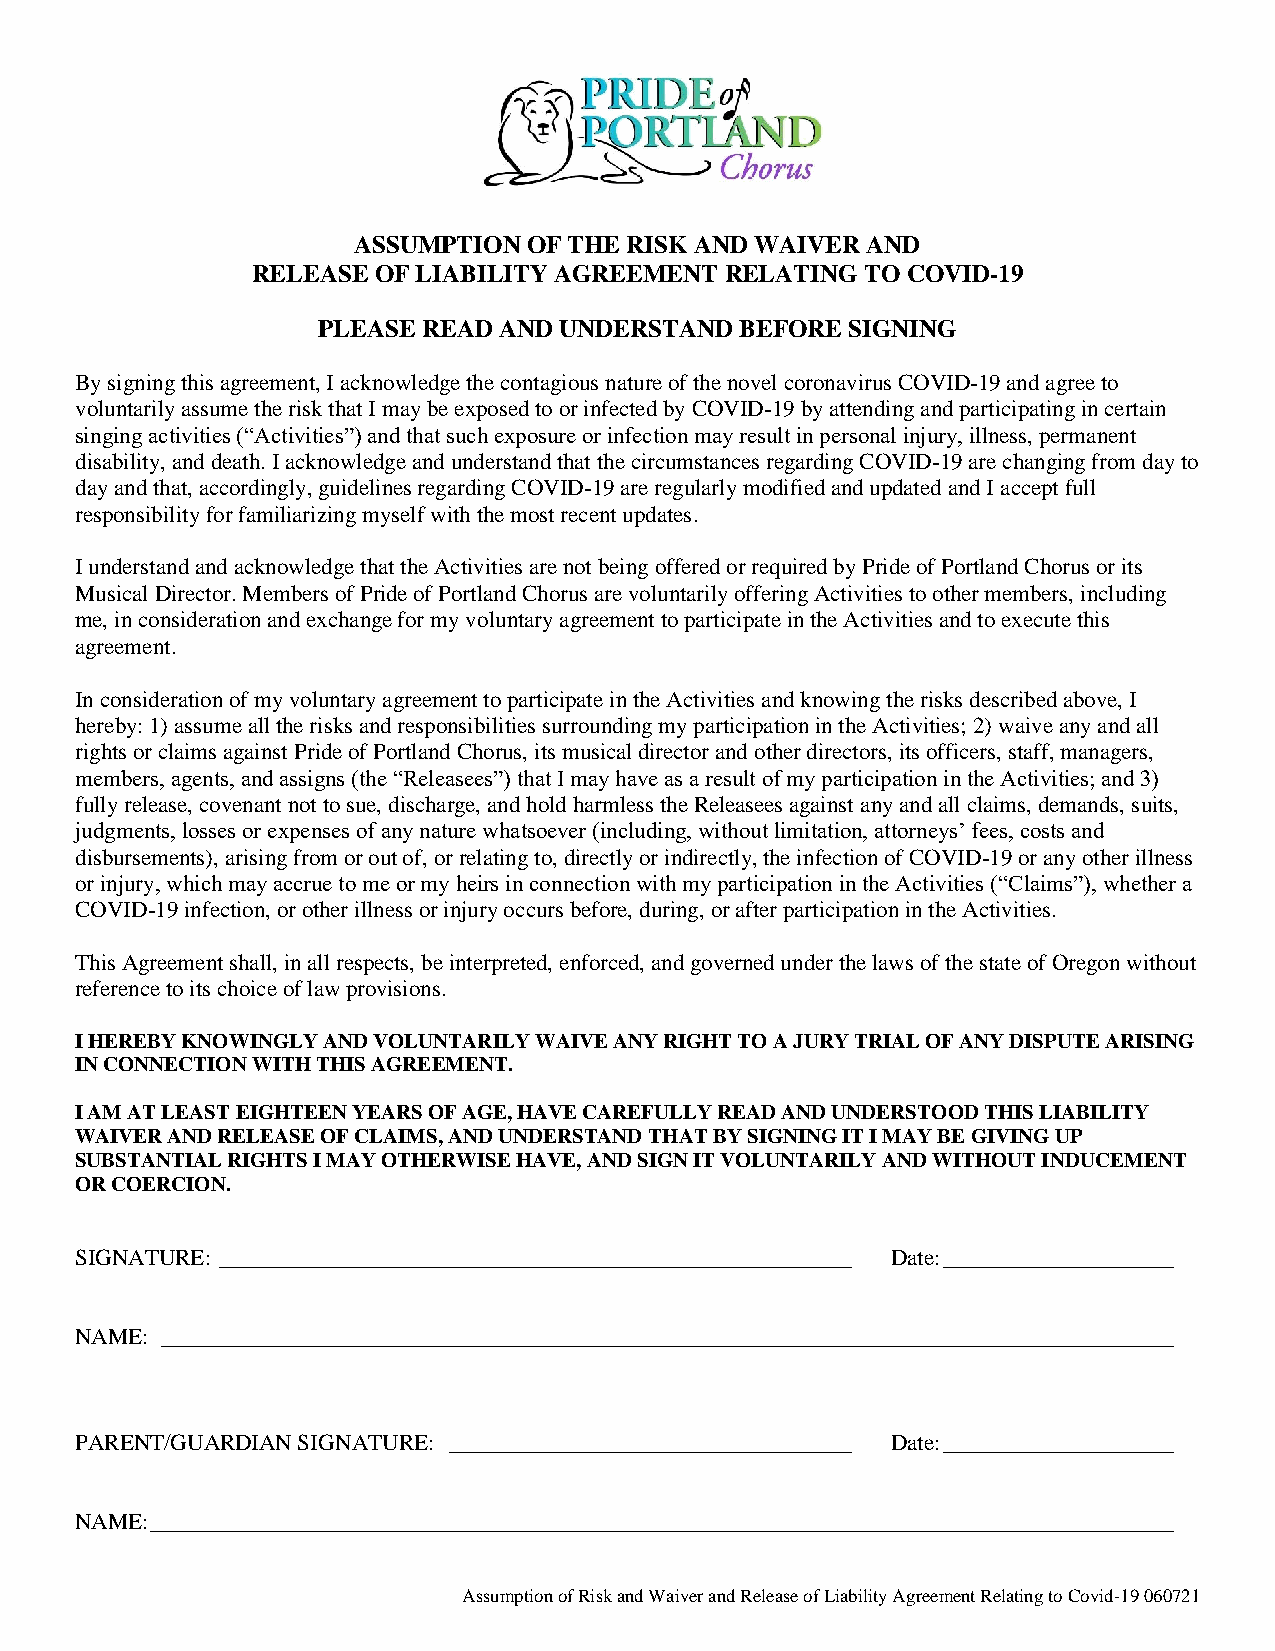
ASSUMPTION  OF THE RISK AND WAIVER AND
 RELEASE OF LIABILITY AGREEMENT RELATING TO COVID-19
 PLEASE READ AND UNDERSTAND  BEFORE SIGNING
 By signing this agreement, I acknowledge the contagious nature of the novel coronavirus COVID-19 and agree to
 voluntarily assume the risk that I may be exposed to or infected by COVID-19 by attending and participating in certain
 singing activities (“Activities”) and that such exposure or infection may result in personal injury, illness, permanent
 disability, and death. I acknowledge and understand that the circumstances regarding COVID-19 are changing from day to
 day and that, accordingly, guidelines regarding COVID-19 are regularly modified and updated and I accept full
 responsibility for familiarizing myself with the most recent updates.
 I understand and acknowledge that the Activities are not being offered or required by Pride of Portland Chorus or its
 Musical Director. Members of Pride of Portland Chorus are voluntarily offering Activities to other members, including
 me, in consideration and exchange for my voluntary agreement to participate in the Activities and to execute this
 agreement.
 In consideration of my voluntary agreement to participate in the Activities and knowing the risks described above, I
 hereby: 1) assume all the risks and responsibilities surrounding my participation in the Activities; 2) waive any and all
 rights or claims against Pride of Portland Chorus, its musical director and other directors, its officers, staff, managers,
 members, agents, and assigns (the “Releasees”) that I may have as a result of my participation in the Activities; and 3)
 fully release, covenant not to sue, discharge, and hold harmless the Releasees against any and all claims, demands, suits,
 judgments, losses or expenses of any nature whatsoever (including, without limitation, attorneys’ fees, costs and
 disbursements), arising from or out of, or relating to, directly or indirectly, the infection of COVID-19 or any other illness
 or injury, which may accrue to me or my heirs in connection with my participation in the Activities (“Claims”), whether a
 COVID-19 infection, or other illness or injury occurs before, during, or after participation in the Activities.
 This Agreement shall, in all respects, be interpreted, enforced, and governed under the laws of the state of Oregon without
 reference to its choice of law provisions.
 I HEREBY KNOWINGLY AND VOLUNTARILY WAIVE ANY RIGHT TO A JURY TRIAL OF ANY DISPUTE ARISING
 IN CONNECTION WITH THIS AGREEMENT.
 I AM AT LEAST EIGHTEEN YEARS OF AGE, HAVE CAREFULLY READ AND UNDERSTOOD THIS LIABILITY
 WAIVER AND RELEASE OF CLAIMS, AND UNDERSTAND THAT BY SIGNING IT I MAY BE GIVING UP
 SUBSTANTIAL RIGHTS I MAY OTHERWISE HAVE, AND SIGN IT VOLUNTARILY AND WITHOUT INDUCEMENT
 OR COERCION.
 SIGNATURE: _______________________________________________________ Date: ____________________
 NAME: ________________________________________________________________________________________
 PARENT/GUARDIAN SIGNATURE: ___________________________________ Date: ____________________
 NAME: _________________________________________________________________________________________
 Assumption of Risk and Waiver and Release of Liability Agreement Relating to Covid-19 060721